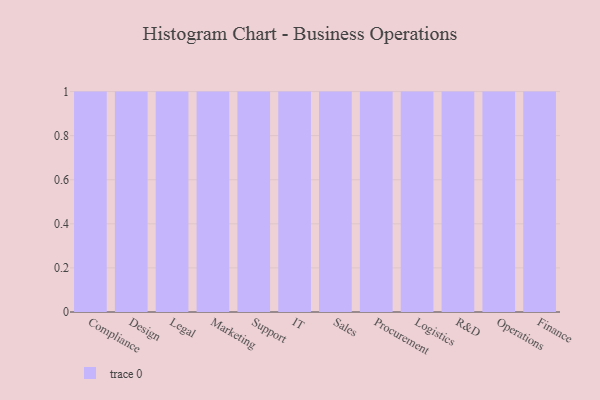
{"axis": {"x": "Department", "y": "Humidity (%)"}, "legend": [""], "data": [{"x": "Compliance", "y": 99, "type": ""}, {"x": "Design", "y": 10, "type": ""}, {"x": "Legal", "y": 63, "type": ""}, {"x": "Marketing", "y": 62, "type": ""}, {"x": "Support", "y": 80, "type": ""}, {"x": "IT", "y": 86, "type": ""}, {"x": "Sales", "y": 56, "type": ""}, {"x": "Procurement", "y": 94, "type": ""}, {"x": "Logistics", "y": 41, "type": ""}, {"x": "R&D", "y": 27, "type": ""}, {"x": "Operations", "y": 49, "type": ""}, {"x": "Finance", "y": 12, "type": ""}]}